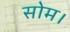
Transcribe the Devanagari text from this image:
सोम।